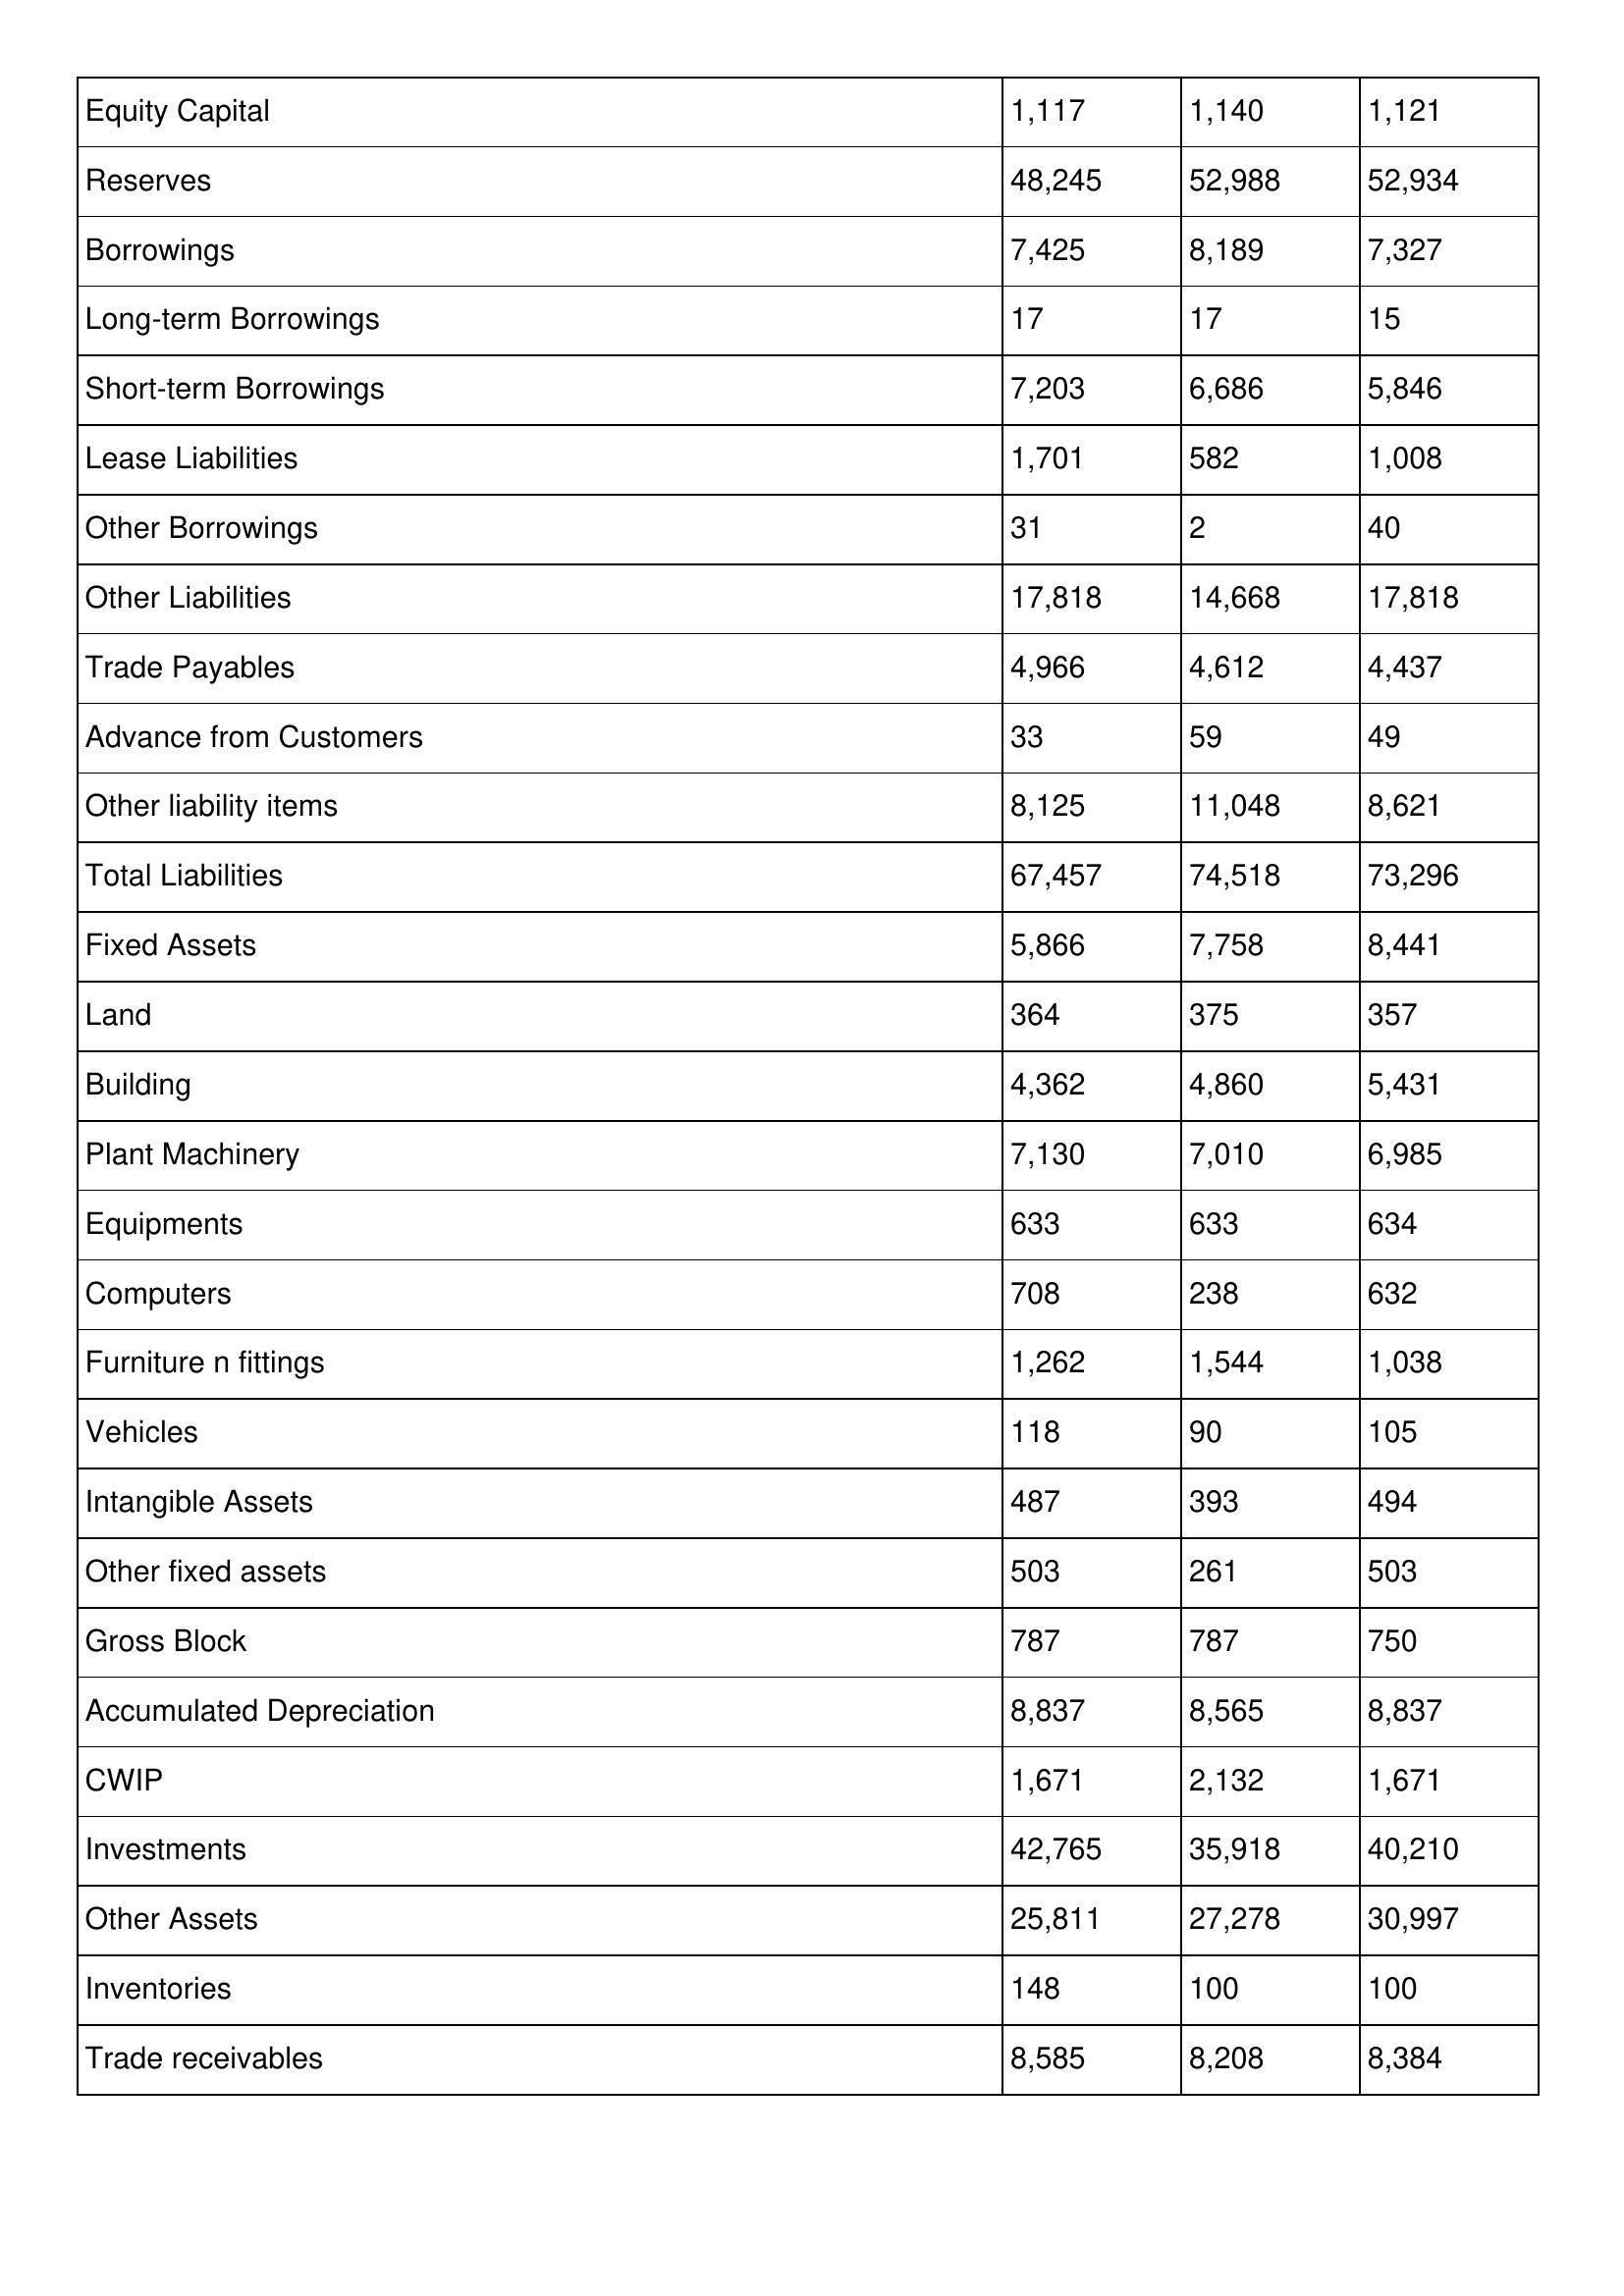
gt_parse: 2013: Balance Sheet: Equity Capital: 1,117
Reserves: 48,245
Borrowings: 7,425
Long-term Borrowings: 17
Short-term Borrowings: 7,203
Lease Liabilities: 1,701
Other Borrowings: 31
Other Liabilities: 17,818
Trade Payables: 4,966
Advance from Customers: 33
Other liability items: 8,125
Total Liabilities: 67,457
Fixed Assets: 5,866
Land: 364
Building: 4,362
Plant Machinery: 7,130
Equipments: 633
Computers: 708
Furniture n fittings: 1,262
Vehicles: 118
Intangible Assets: 487
Other fixed assets: 503
Gross Block: 787
Accumulated Depreciation: 8,837
CWIP: 1,671
Investments: 42,765
Other Assets: 25,811
Inventories: 148
Trade receivables: 8,585
2012: Balance Sheet: Equity Capital: 1,140
Reserves: 52,988
Borrowings: 8,189
Long-term Borrowings: 17
Short-term Borrowings: 6,686
Lease Liabilities: 582
Other Borrowings: 2
Other Liabilities: 14,668
Trade Payables: 4,612
Advance from Customers: 59
Other liability items: 11,048
Total Liabilities: 74,518
Fixed Assets: 7,758
Land: 375
Building: 4,860
Plant Machinery: 7,010
Equipments: 633
Computers: 238
Furniture n fittings: 1,544
Vehicles: 90
Intangible Assets: 393
Other fixed assets: 261
Gross Block: 787
Accumulated Depreciation: 8,565
CWIP: 2,132
Investments: 35,918
Other Assets: 27,278
Inventories: 100
Trade receivables: 8,208
2011: Balance Sheet: Equity Capital: 1,121
Reserves: 52,934
Borrowings: 7,327
Long-term Borrowings: 15
Short-term Borrowings: 5,846
Lease Liabilities: 1,008
Other Borrowings: 40
Other Liabilities: 17,818
Trade Payables: 4,437
Advance from Customers: 49
Other liability items: 8,621
Total Liabilities: 73,296
Fixed Assets: 8,441
Land: 357
Building: 5,431
Plant Machinery: 6,985
Equipments: 634
Computers: 632
Furniture n fittings: 1,038
Vehicles: 105
Intangible Assets: 494
Other fixed assets: 503
Gross Block: 750
Accumulated Depreciation: 8,837
CWIP: 1,671
Investments: 40,210
Other Assets: 30,997
Inventories: 100
Trade receivables: 8,384